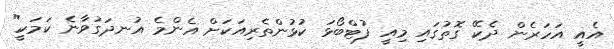
އެއީ އަހަރެން ދެކޭ ގޮތުގައި މިއީ ފުޓްބޯޅަ ކުޅުންތެރިއަކަށް އެންމެ އުނދަގުވާނެ ކަމަކީ"